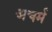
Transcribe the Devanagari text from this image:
अचर्म